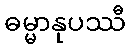
ဓမ္မာနုပဿီ